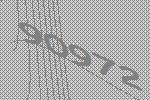
90972